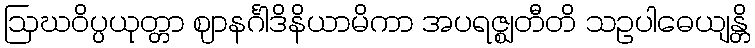
ဩဃဝိပ္ပယုတ္တာ ဈာနင်္ဂါဒိနိယာမိကာ အပရဇ္ဈတီတိ သဥပါဓေယျန္တိ